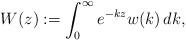
LaTeX: \begin{align*}W(z):=\int_0^\infty e^{-kz}w(k)\,dk,\end{align*}